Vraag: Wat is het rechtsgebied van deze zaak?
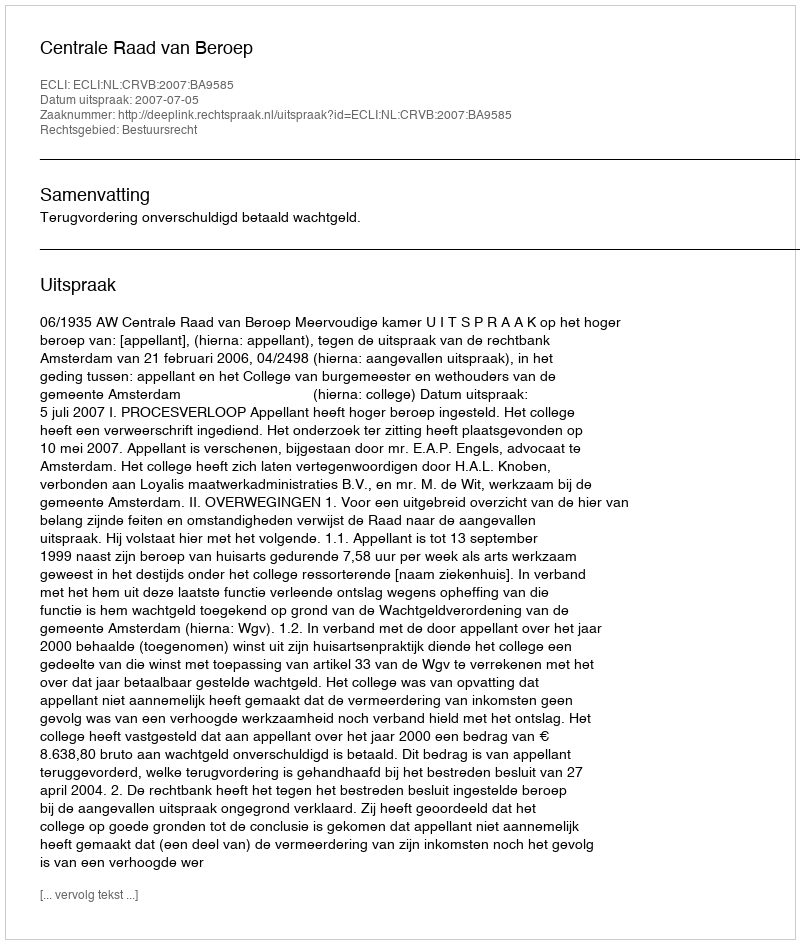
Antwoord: Bestuursrecht